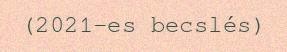
(2021-es becslés)